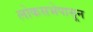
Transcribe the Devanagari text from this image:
लोकसभेपासून